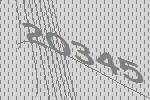
20345